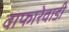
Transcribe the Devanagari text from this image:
वाफारेवाडी